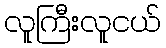
လူကြီးလူငယ်